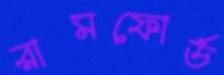
রামফোর্ড